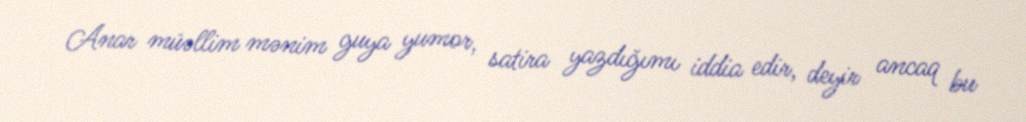
Anar müəllim mənim guya yumor, satira yazdığımı iddia edir, deyir ancaq bu